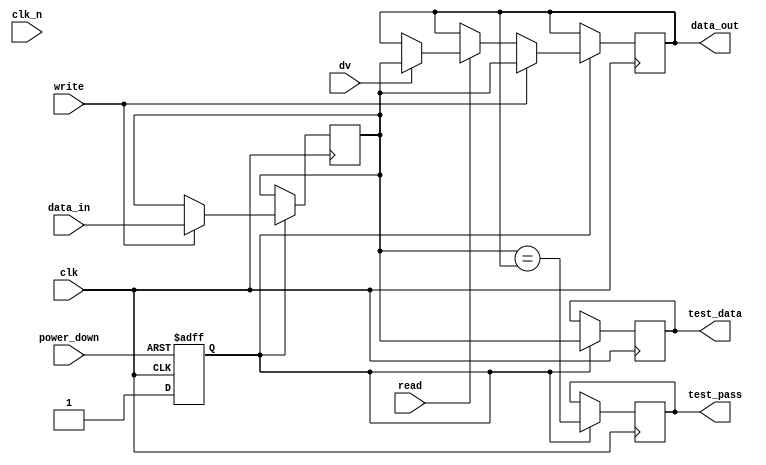
module gddr2_io_block #(
    parameter DATA_WIDTH = 16, // Can be 16, 32, or 64 bits
    parameter VOLTAGE_LEVEL = 2.5 // Core voltage level
)(
    input wire clk,               // Clock input
    input wire clk_n,             // Differential clock input (optional)
    input wire [DATA_WIDTH-1:0] data_in, // Data input
    output reg [DATA_WIDTH-1:0] data_out, // Data output
    input wire read,              // Read control signal
    input wire write,             // Write control signal
    input wire dv,                // Data valid signal
    input wire power_down,        // Power management signal
    output reg [DATA_WIDTH-1:0] test_data, // Test data output for BIST
    output reg test_pass           // Test pass signal for BIST
);

    // Internal signals
    reg [DATA_WIDTH-1:0] data_buffer;
    reg power_state; // Power state for power management

    // Power management logic
    always @(posedge clk or negedge power_down) begin
        if (!power_down) begin
            power_state <= 1'b0; // Power down
        end else begin
            power_state <= 1'b1; // Power up
        end
    end

    // Data transfer logic
    always @(posedge clk) begin
        if (power_state) begin
            if (write) begin
                data_buffer <= data_in; // Capture input data on write
                data_out <= data_buffer; // Output data
            end else if (read) begin
                if (dv) begin
                    data_out <= data_buffer; // Output valid data
                end
            end
        end
    end

    // Signal conditioning (simplified)
    // In a real design, this would include termination resistors, etc.

    // Built-in self-test (BIST) logic
    always @(posedge clk) begin
        if (power_state) begin
            // Simple BIST logic for testing
            test_data <= data_buffer; // Output test data
            test_pass <= (data_buffer == data_out); // Check if test passes
        end
    end

endmodule